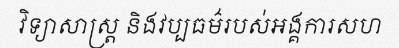
វិទ្យាសាស្ត្រ និងវប្បធម៌របស់អង្គការសហ